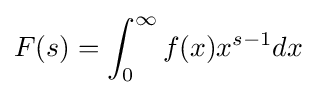
F(s)=\int _{0}^{\infty }f(x)x^{s-1}dx